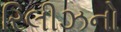
રિલીઝનો